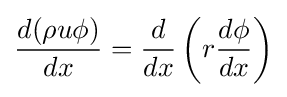
{d(\rho u\phi ) \over dx}={\frac {d}{dx}}\left(r{\frac {d\phi }{dx}}\right)